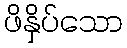
ဖိနှိပ်သော